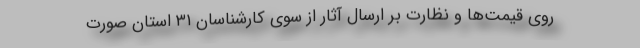
روی قیمت‌ها و نظارت بر ارسال آثار از سوی کارشناسان ۳۱ استان صورت